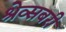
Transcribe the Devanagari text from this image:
श्रेव्सबरी